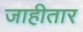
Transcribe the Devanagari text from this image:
जाहीतार